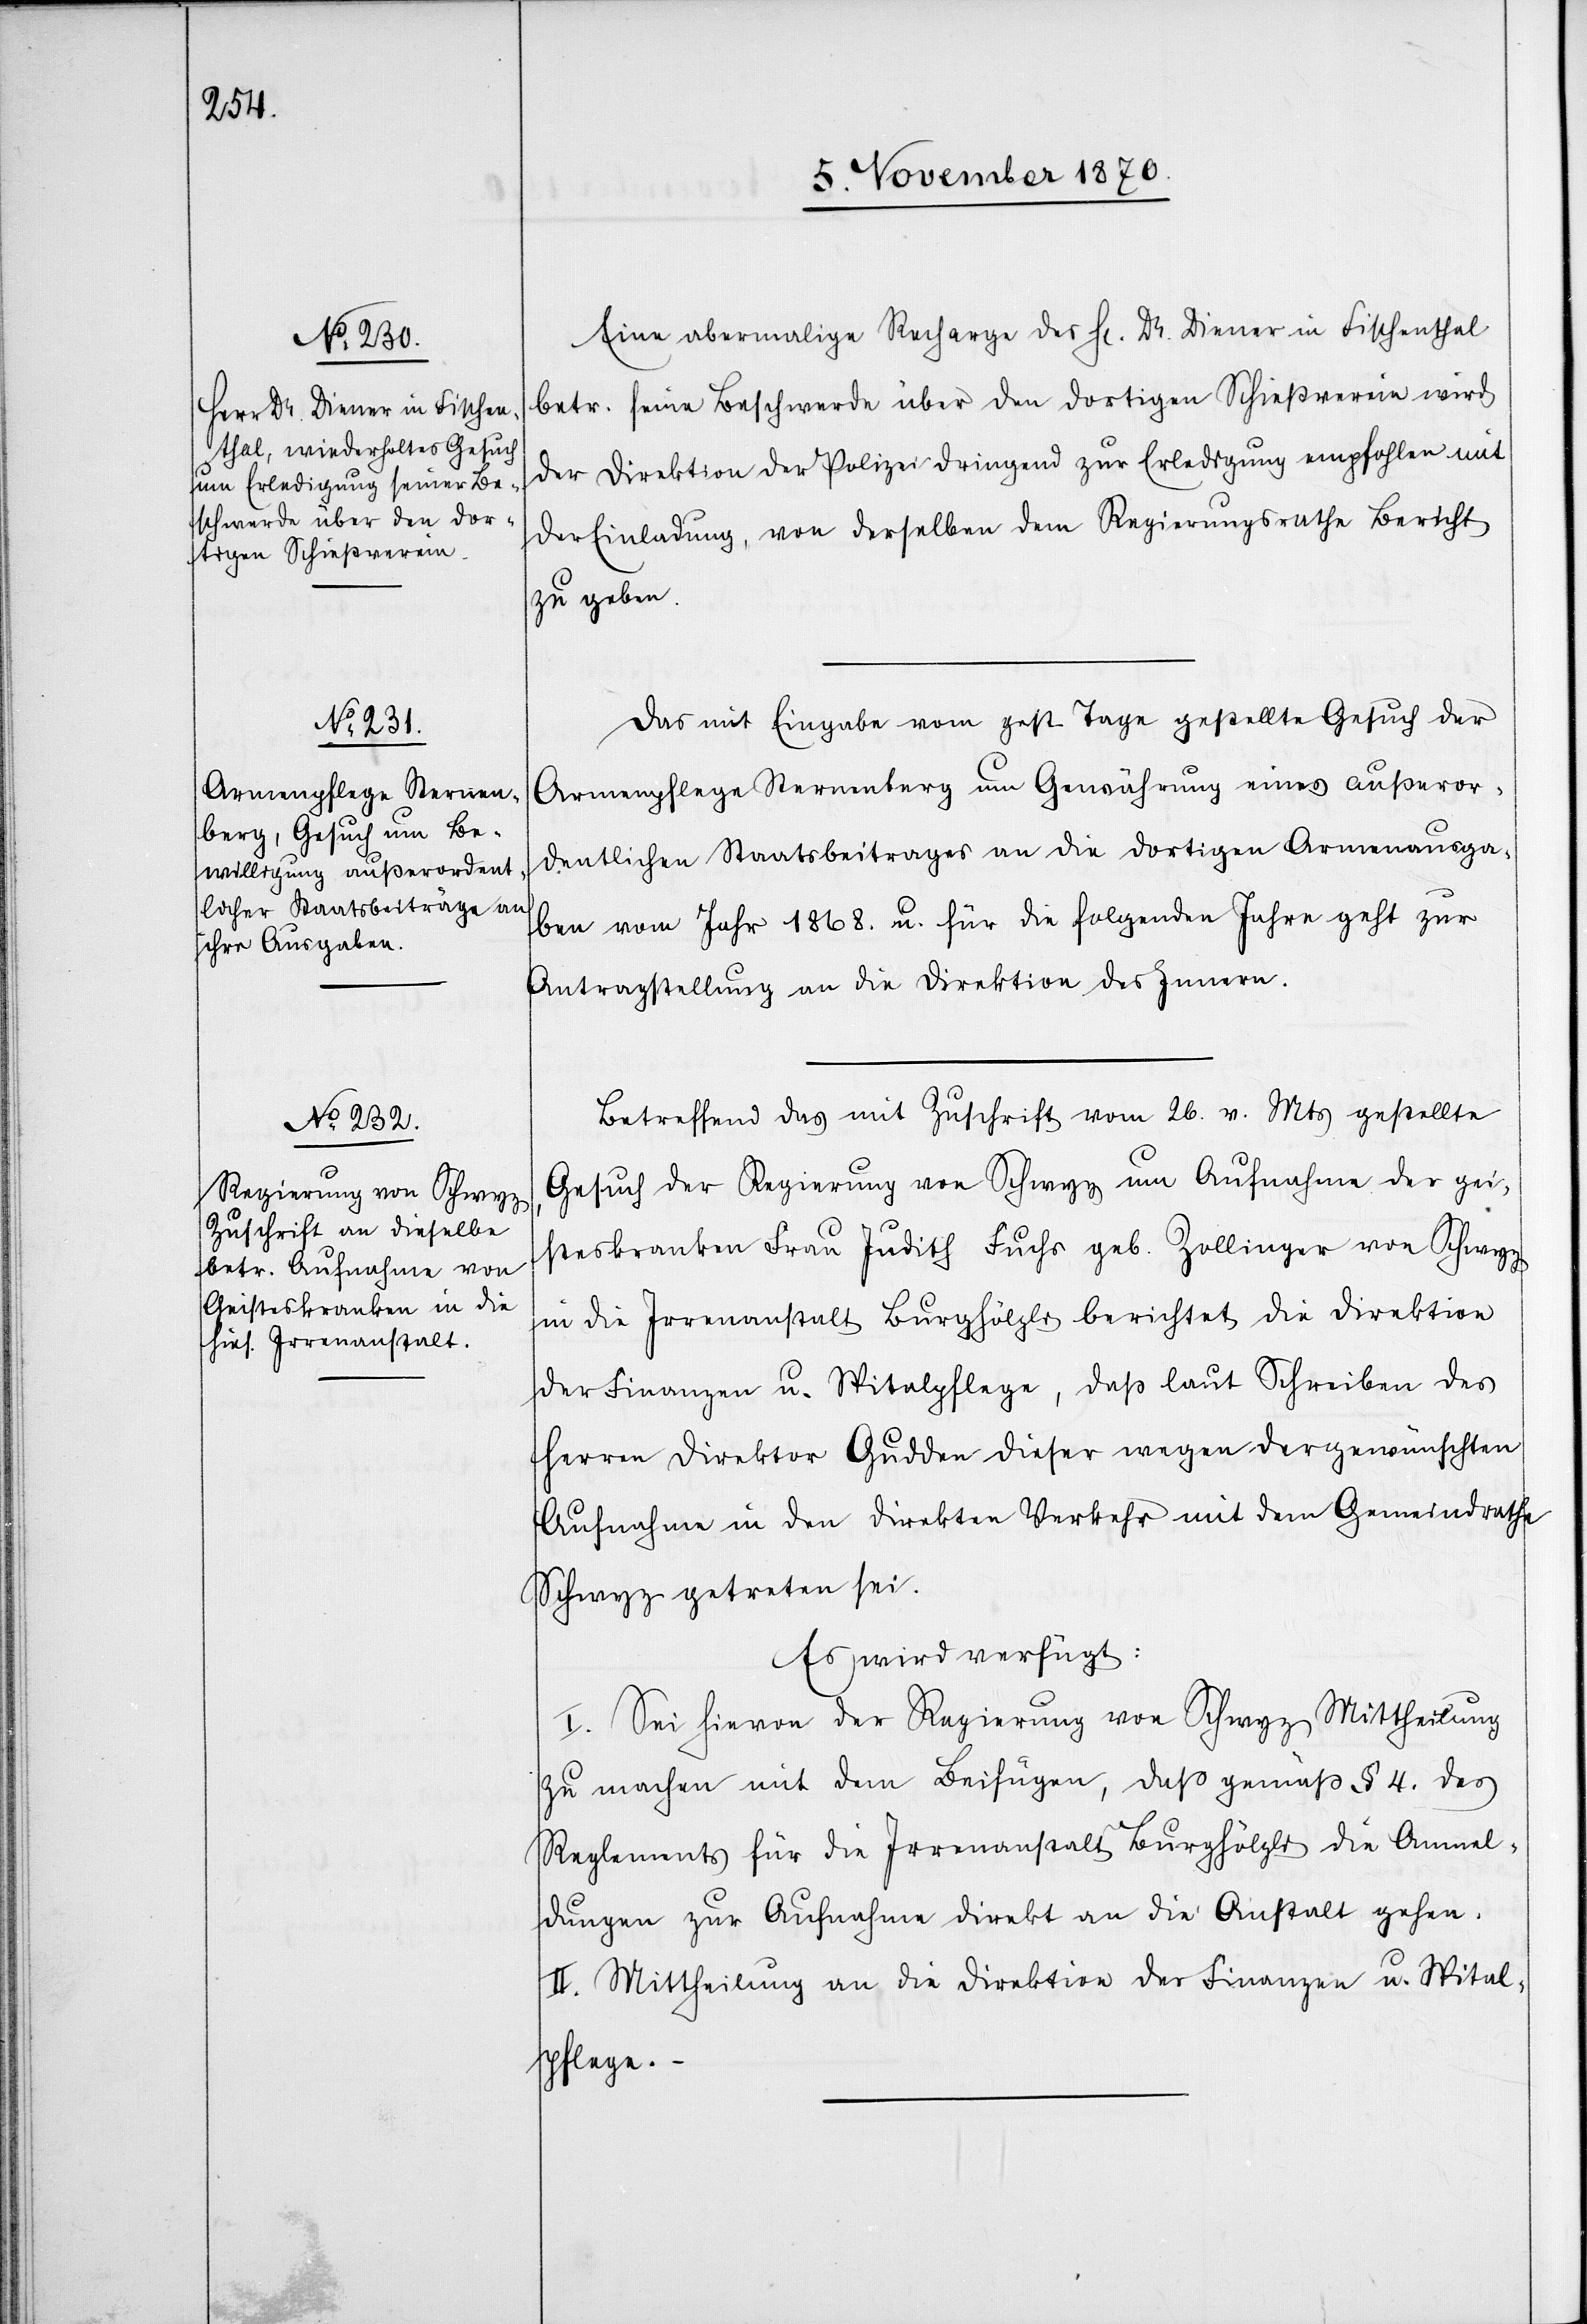
5. November 1870.]
Eine abermalige Recharge des H[errn] Dr. Diener in Fischenthal
betr. seine Beschwerde über den dortigen Schießverein wird
der Direktion der Polizei dringend zur Erledigung empfohlen mit
der Einladung, von derselben dem Regierungsrathe Bericht
zu geben.
Das mit Eingabe vom gest. Tage gestellte Gesuch der
Armenpflege Sternenberg um Gewährung eines außeror¬
dentlichen Staatsbeitrages an die dortigen Armenausga¬
ben vom Jahr 1868. u. für die folgenden Jahre geht zur
Antragstellung an die Direktion des Innern.
Betreffend das mit Zuschrift vom 26. v. Mts gestellte
Gesuch der Regierung von Schwyz um Aufnahme der gei¬
steskranken Frau Judith Fuchs geb. Zollinger von Schwyz
in die Irrenanstalt Burghölzli berichtet die Direktion
der Finanzen u. Spitalpflege, daß laut Schreiben des
Herren Direktor Gudden dieser wegen der gewünschten
Aufnahme in den direkten Verkehr mit dem Gemeindrathe
Schwyz getreten sei.
Es wird verfügt:
I. Sei hievon der Regierung von Schwyz Mittheilung
zu machen mit dem Beifügen, daß gemäß § 4 des
Reglements für die Irrenanstalt Burghölzli die Anmel¬
dungen zur Aufnahme direkt an die Anstalt gehen.
II. Mittheilung an die Direktion der Finanzen u. Spital¬
pflege.